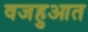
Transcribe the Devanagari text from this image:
वजहुआत